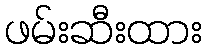
ဖမ်းဆီးထား